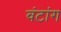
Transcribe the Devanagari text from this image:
वंटांग